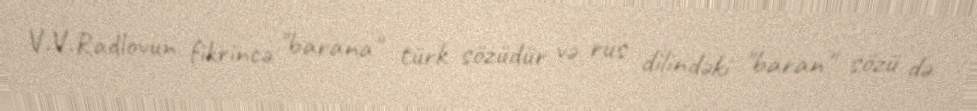
V.V.Radlovun fikrincə "barana" türk sözüdür və rus dilindəki "baran" sözü də